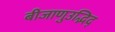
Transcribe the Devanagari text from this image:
बीजाणुउद्भिद्